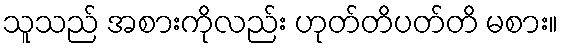
သူသည် အစားကိုလည်း ဟုတ်တိပတ်တိ မစား။